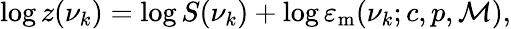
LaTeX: \begin{array}{r}{\log z(\nu_{k})=\log S(\nu_{k})+\log\varepsilon_{\mathrm{{m}}}(\nu_{k};c,p,\mathcal{M}),}\end{array}